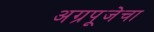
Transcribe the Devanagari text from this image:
अग्रपूजेचा